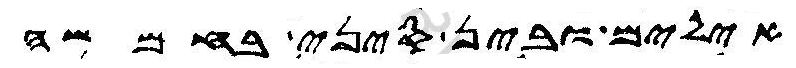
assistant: אילים ובין סיני בחמשה